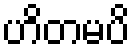
ဟိတမပိ